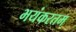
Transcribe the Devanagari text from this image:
भयंकरतम